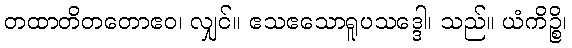
တထာတိတတောဧဝ၊ လျှင်။ ဧသဧသောရူပသဒ္ဒေါ၊ သည်။ ယံကိဉ္စိ၊